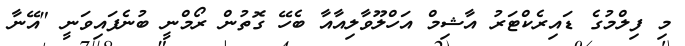
މި ފިލްމުގެ ޑައިރެކްޓަރު އާޝިމް އަހްލޫވާލިއާއާ ބެހޭ ގޮތުން ރޯމްނީ ބުނެފައިވަނީ "އޭނާ